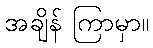
အချိန် ကြာမှာ။